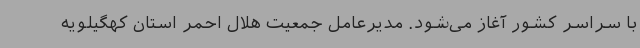
با سراسر کشور آغاز می‌شود. مدیرعامل جمعیت هلال احمر استان کهگیلویه